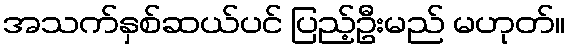
အသက်နှစ်ဆယ်ပင် ပြည့်ဦးမည် မဟုတ်။